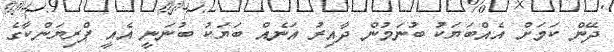
ދޭން ކަމަށް އެއްބަޔަކު ބުނަމުން ދާއިރު އަނެއް ބަޔަކު ބުނަނީ އެއީ ޕްރިޔަންކާގެ